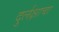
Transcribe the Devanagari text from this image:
दुर्लक्षाचा